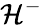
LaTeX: {\mathcal{H}}^{-}